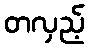
တလှည့်